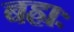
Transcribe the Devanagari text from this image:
बहाः